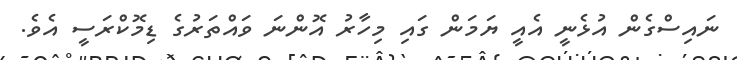
ނައިސްގެން އުޅެނީ އެއީ ޔަމަން ގައި މިހާރު އޮންނަ ވައްތަރުގެ ޑިމޮކްރަސީ އެވެ.